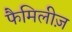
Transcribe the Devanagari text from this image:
फैमिलीज़